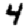
Digit: 4